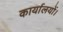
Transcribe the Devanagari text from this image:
कार्यालयों।